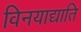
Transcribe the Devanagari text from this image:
विनयाद्याति